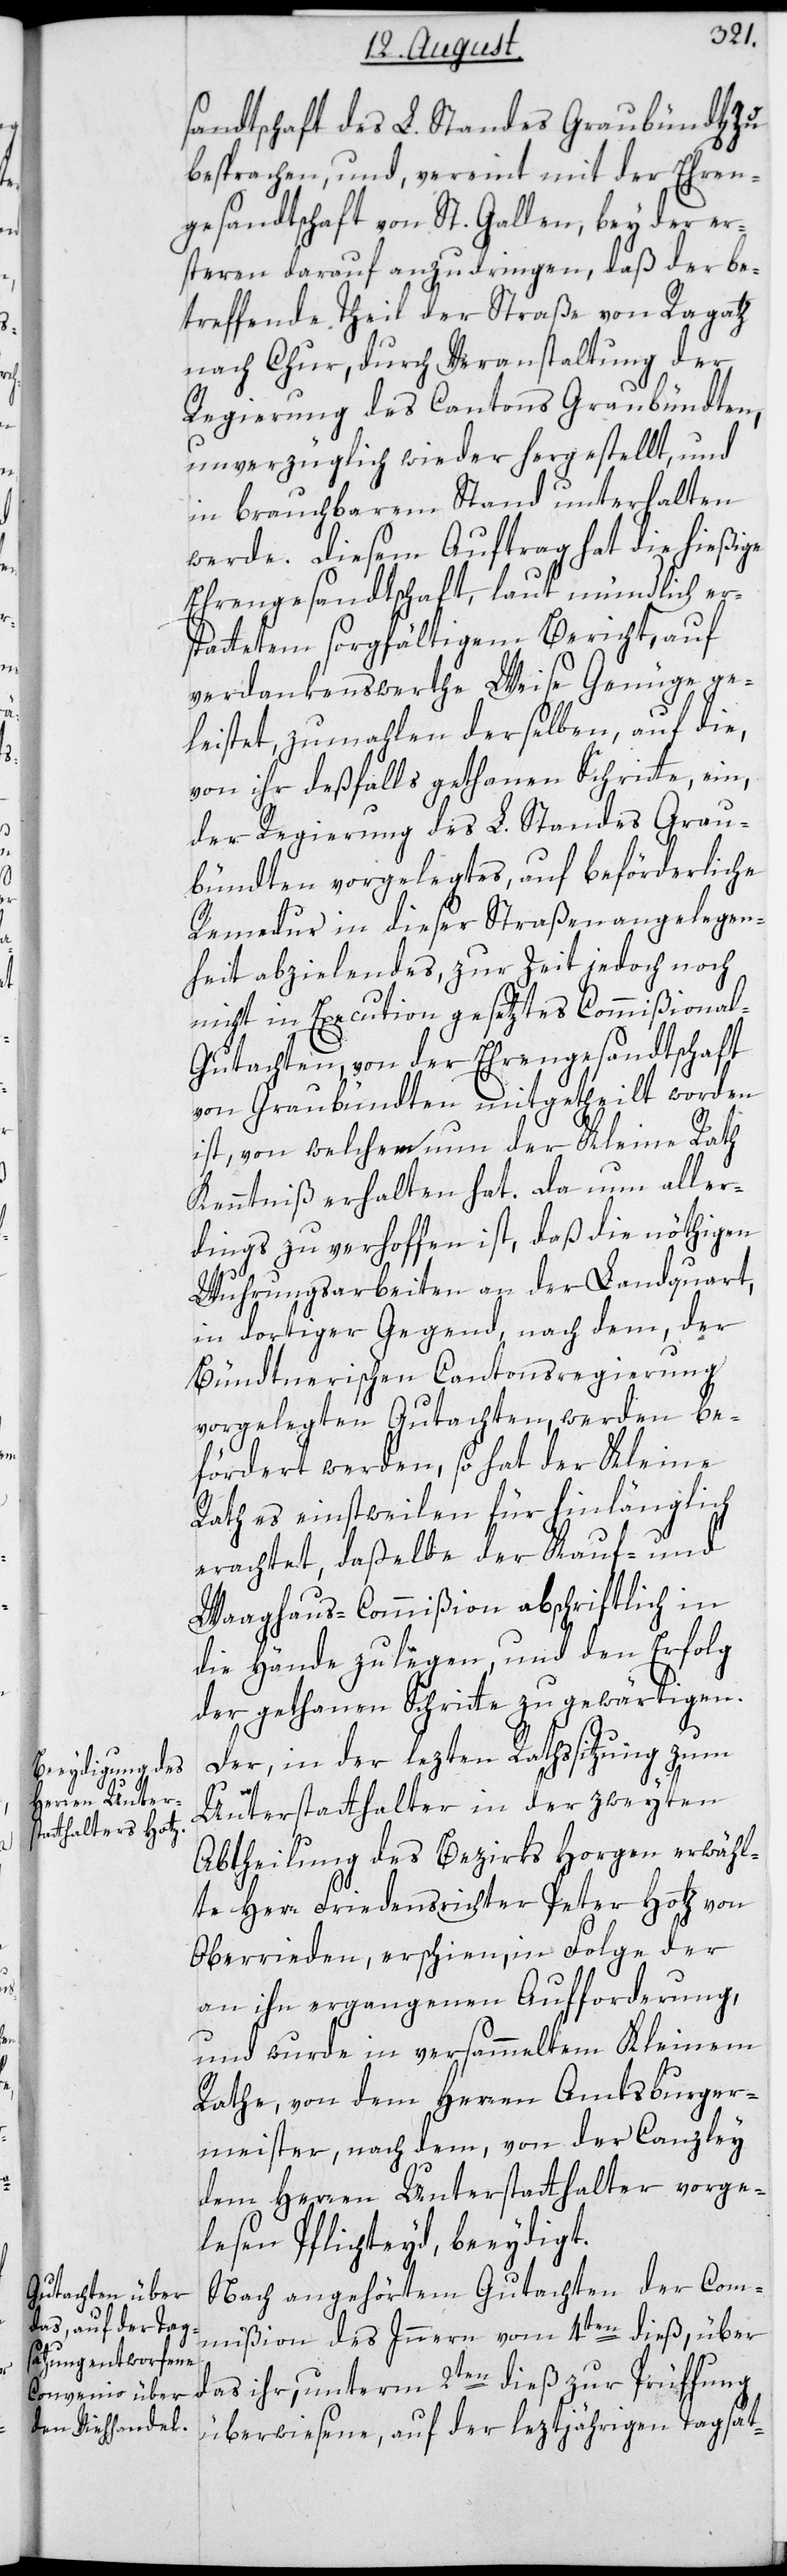
sandtschaft des L. Standes Graubündt[en]
besprechen, und, vereint mit der Ehren¬
gesandtschaft von St. Gallen, bey der er¬
stern darauf anzudringen, daß der be¬
treffende Theil der Straße von Ragatz
nach Chur, durch Veranstaltung der
Regierung des Cantons Graubündten,
unverzüglich wieder hergestellt und
in brauchbarem Stand unterhalten
werde. Diesem Auftrag hat die hießige
Ehrengesandtschaft, laut mündlich er¬
stattetem sorgfältigem Bericht, auf
verdankenswerthe Weise Genüge ge¬
leistet, zumahlen derselben, auf die,
von ihr deßfalls gethanen Schritte, ein,
der Regierung des L. Standes Grau¬
bündten vorgelegtes, auf beförderliche
Remedur in dieser Straßenangelegen¬
heit abzielendes, zur Zeit jedoch noch
nicht in Execution gesetztes Commißiona¬
l-Gutachten, von der Ehrengesandtschaft
von Graubündten mitgetheilt worden
ist, von welchem nun der Kleine Rath
Kenntniß erhalten hat. Da nun aller¬
dings zu verhoffen ist, daß die nöthigen
Wuhrungsarbeiten an der Landquart,
in dortiger Gegend nach dem, der
Bündtnerischen Cantonsregierung
vorgelegten Gutachten, werden be¬
fördert werden, so hat der Kleine
Rath es einstweilen für hinlänglich
erachtet, daßelbe der Kauf- und
Waaghaus-Commißion abschriftlich in
die Hände zu legen, und den Erfolg
der gethanen Schritte zu gewärtigen.
Der, in der lezten Rathssitzung zum
Unterstatthalter in der zweyten
Abtheilung des Bezirks Horgen erwähl¬
te Herr Friedensrichter Peter Hotz von
Oberrieden, erschien, in Folge der
an ihn ergangenen Aufforderung,
und wurde in versammeltem Kleinem
Rathe, von den Herren Amtsburger¬
meister, nach dem, von der Canzley
dem Herren Unterstatthalter vorgele¬
senen Pflichteyd, beeydigt.
Nach angehörtem Gutachten der Com¬
mißion des Innern vom 4ten dieß, über
das ihr, unterm 2ten dieß zur Prüffung
überwiesene, auf der leztjährigen Tagsat-